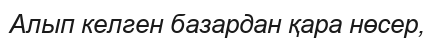
Алып келген базардан қара нөсер,